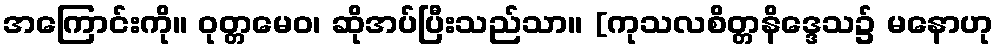
အကြောင်းကို။ ဝုတ္တမေဝ၊ ဆိုအပ်ပြီးသည်သာ။ [ကုသလစိတ္တနိဒ္ဒေသ၌ မနောဟု